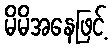
မိမိအနေဖြင့်